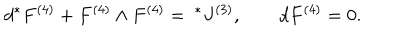
LaTeX: d { } ^ { * } F ^ { ( 4 ) } + F ^ { ( 4 ) } \wedge F ^ { ( 4 ) } = { ~ } ^ { * } J ^ { ( 3 ) } , \qquad d { } F ^ { ( 4 ) } = 0 .